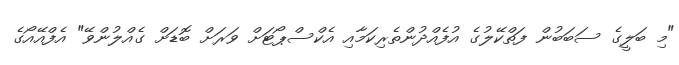
"މި ބަލީގެ ސަބަބުން ފަތްކޭލުގެ އުފެއްދުންތެެރިކަމާއި އެކްސްޕޯޓަށް ވަރަށް ބޮޑަށް ގެއްލުންވޭ" އެފްއޭއޯގެ